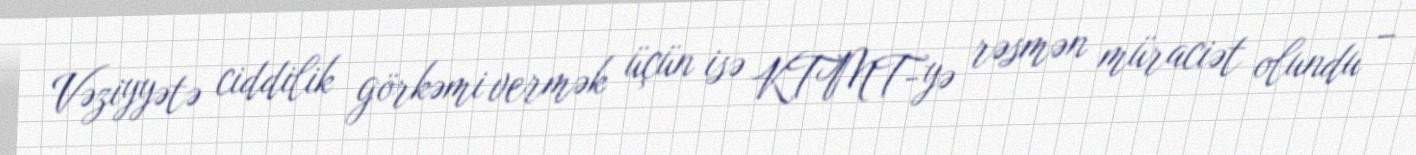
Vəziyyətə ciddilik görkəmi vermək üçün isə KTMT-yə rəsmən müraciət olundu –